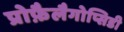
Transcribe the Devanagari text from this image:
प्रोफ़ैलैगोप्सिडी